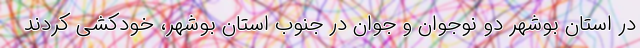
در استان بوشهر دو نوجوان و جوان در جنوب استان بوشهر، خودکشی کردند